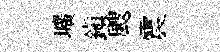
壙鎭颼震